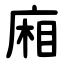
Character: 廂